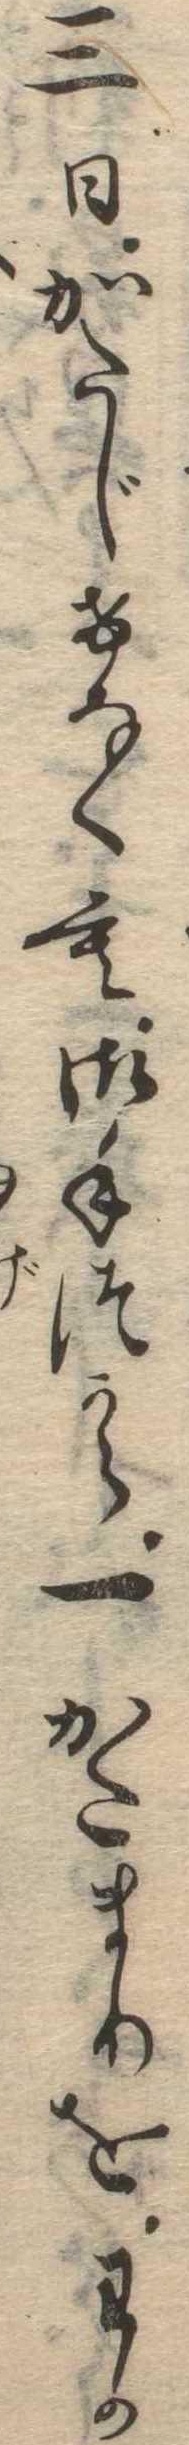
三日かたじけなくも御手つから一かたまりをわか